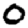
Digit: 0